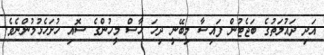
އަދި ދައުލަތުގެ ބަޖެޓުން ފައިސާ ލިބޭނީ ދިހަ ހާސް މީހުންގެ ސޮއި ހުށަހެޅުމުންނެވެ.